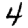
Digit: 4